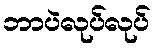
ဘာပဲလုပ်လုပ်